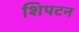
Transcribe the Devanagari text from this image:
शिपटन